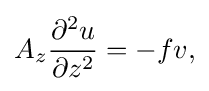
A_{z}{\frac {\partial ^{2}u}{\partial z^{2}}}=-fv,\,\!